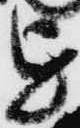
を